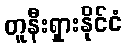
တူနီးရှားနိုင်ငံ